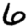
Digit: 6